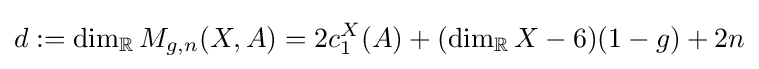
d:=\dim _{\mathbb {R} }M_{g,n}(X,A)=2c_{1}^{X}(A)+(\dim _{\mathbb {R} }X-6)(1-g)+2n